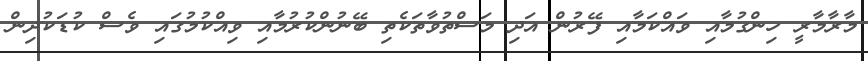
މާރާމާރީ ހިންގުމާއި ވައްކަމާއި ފޭރުން އަދި މަސްތުވާތަކެތި ބޭނުންކުރުމާއި ވިއްކުމުގައި ވެސް ކުޑަކުދިން